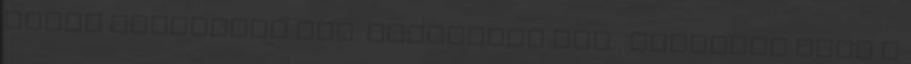
Orosz mérgezési ügy: hamarosan jön . Kevesebb lesz a